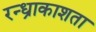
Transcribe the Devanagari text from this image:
रन्ध्राकाशता